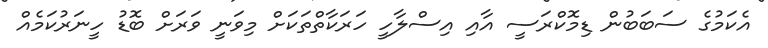
އެކަމުގެ ސަބަބުން ޑިމޮކްރަސީ އާއި އިސްލާހީ ހަރަކާތްތަކަށް މިވަނީ ވަރަށް ބޮޑު ހީނަރުކަމެއް